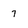
Character: 7